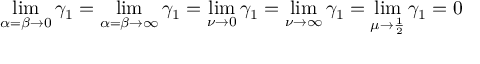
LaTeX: \operatorname* { l i m } _ { \alpha = \beta \to 0 } \gamma _ { 1 } = \operatorname* { l i m } _ { \alpha = \beta \to \infty } \gamma _ { 1 } = \operatorname* { l i m } _ { \nu \to 0 } \gamma _ { 1 } = \operatorname* { l i m } _ { \nu \to \infty } \gamma _ { 1 } = \operatorname* { l i m } _ { \mu \to { \frac { 1 } { 2 } } } \gamma _ { 1 } = 0